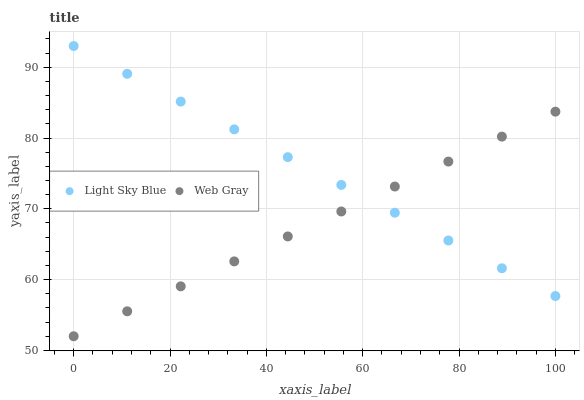
| xaxis_label | Light Sky Blue | Web Gray |
 | --- | --- | --- |
 | 0 | 93 | 52 |
 | 11.1 | 89.1 | 55.5 |
 | 22.2 | 85.2 | 59.1 |
 | 33.3 | 81.2 | 62.6 |
 | 44.4 | 77.3 | 66.1 |
 | 55.6 | 73.4 | 69.6 |
 | 66.7 | 69.5 | 73.2 |
 | 77.8 | 65.5 | 76.7 |
 | 88.9 | 61.6 | 80.2 |
 | 100 | 57.7 | 83.7 |